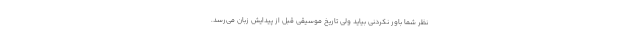
نظر شما باور نکردنی بیاید ولی تاریخ موسیقی قبل از پیدایش زبان می‌رسد.